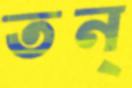
তন্